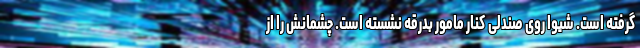
گرفته است. شیوا روی صندلی کنار مامور بدرقه نشسته است. چشمانش را از